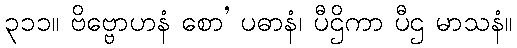
၃၁၁။ ဗိဗ္ဗောဟနံ စော’ ပဓာနံ၊ ပီဌိကာ ပီဌ မာသနံ။